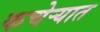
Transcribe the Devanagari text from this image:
कचेर्‍यात